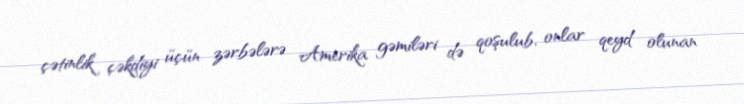
çətinlik çəkdiyi üçün zərbələrə Amerika gəmiləri də qoşulub, onlar qeyd olunan